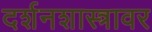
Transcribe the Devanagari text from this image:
दर्शनशास्त्रावर